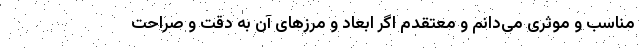
مناسب و موثری می‌دانم و معتقدم اگر ابعاد و مرزهای آن به ‌دقت و صراحت